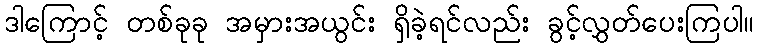
ဒါကြောင့် တစ်ခုခု အမှားအယွင်း ရှိခဲ့ရင်လည်း ခွင့်လွှတ်ပေးကြပါ။